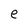
Character: e